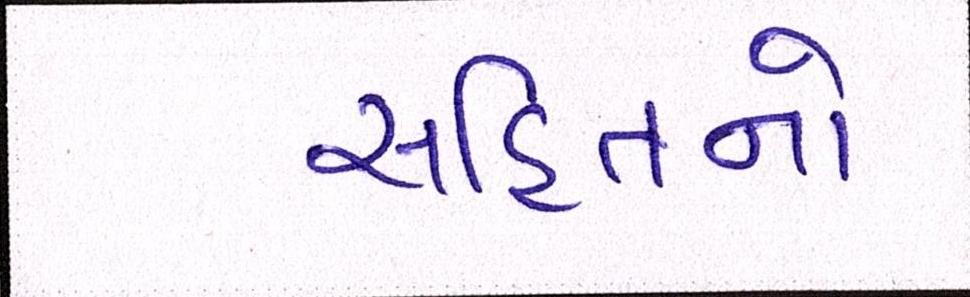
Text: સહિતનો